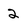
Character: 2